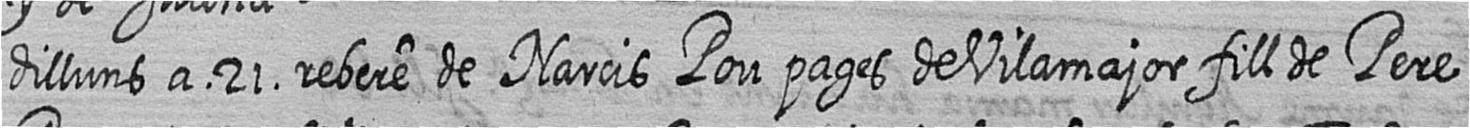
dilluns a 21 rebere de Narcis Pou pages de Vilamajor fill de Pere